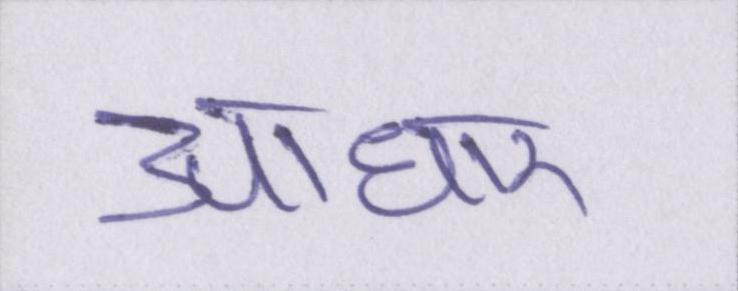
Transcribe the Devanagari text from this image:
आधार